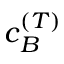
\boldsymbol { c } _ { B } ^ { ( T ) }